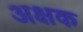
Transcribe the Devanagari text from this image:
अक्षक